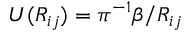
U ( R _ { i j } ) = \pi ^ { - 1 } \beta / R _ { i j }